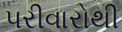
પરીવારોથી